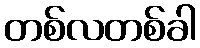
တစ်လတစ်ခါ